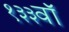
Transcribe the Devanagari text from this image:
१३३वॉ